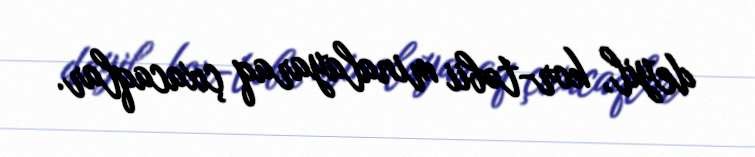
deyil, kor-təbii minalayaraq çıxacaqlar.